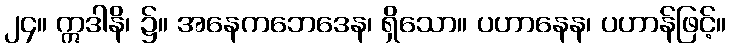
၂၄။ ဣဒါနိ၊ ၌။ အနေကဘေဒေန၊ ရှိသော။ ပဟာနေန၊ ပဟာန်ဖြင့်။